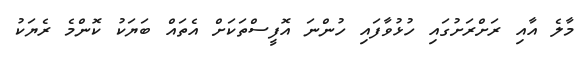
މާލެ އާއި ރަށްރަށުގައި ހުޅުވާފައި ހުންނަ އޮފީސްތަކަށް އެތައް ބަޔަކު ކޮންމެ ރެޔަކު